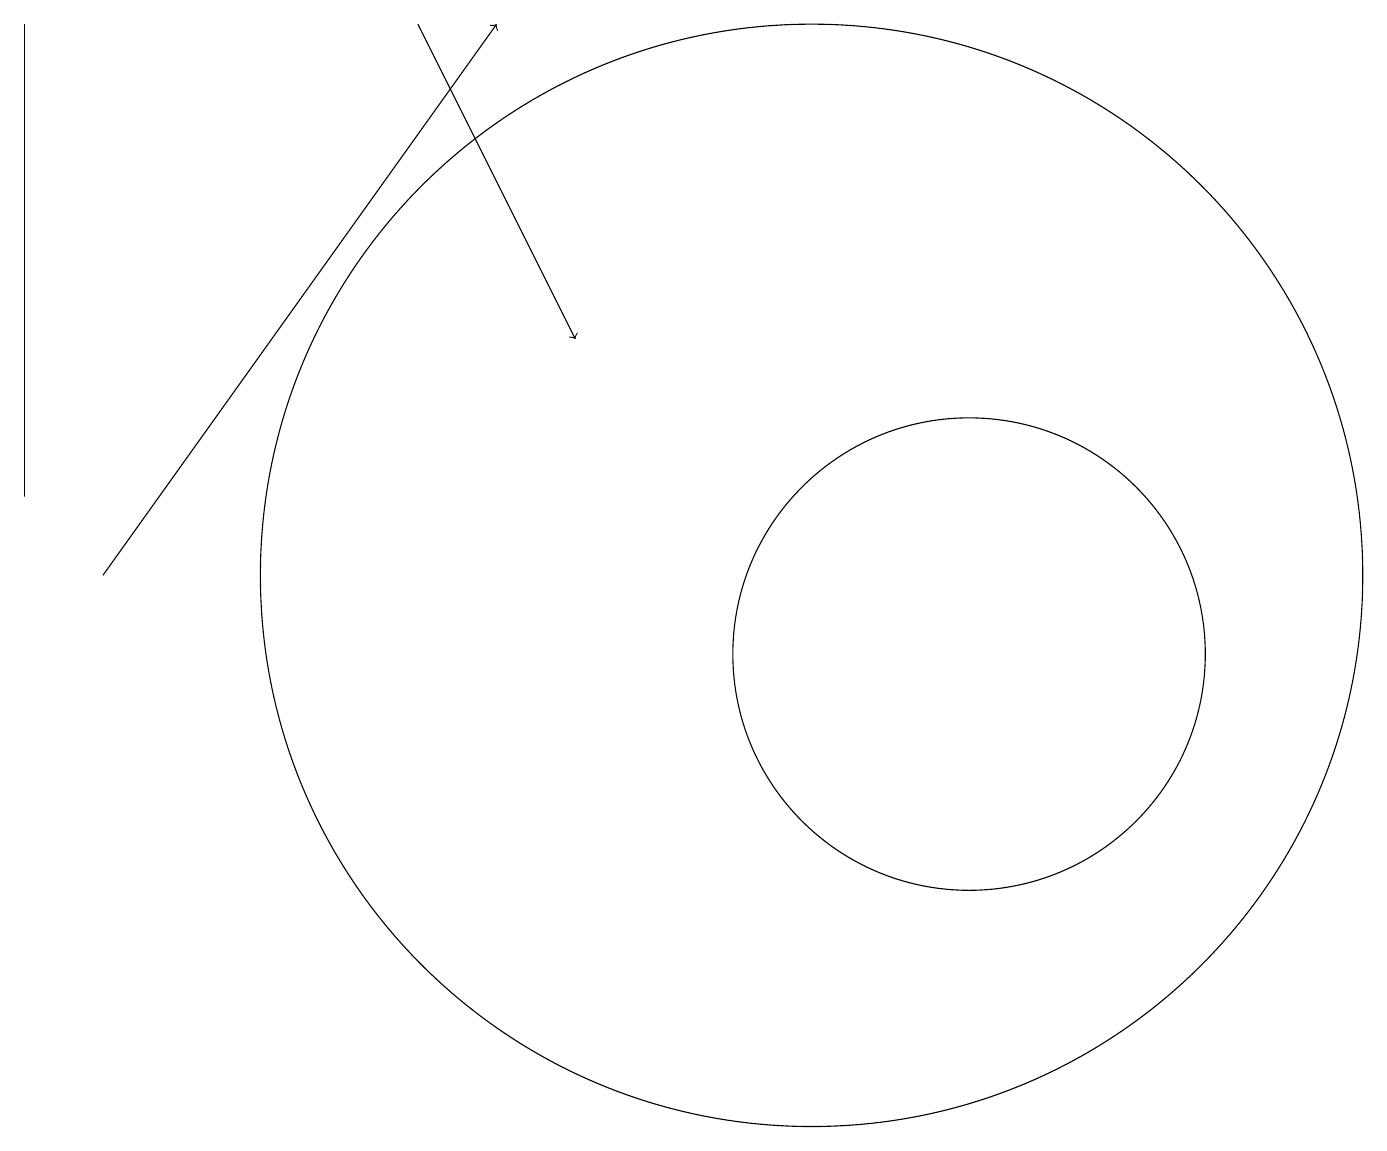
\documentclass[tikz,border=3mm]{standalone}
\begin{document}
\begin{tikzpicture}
\draw (12,11) circle (3);
\draw[->] (5,19) -- (7,15);
\draw (10,12) circle (7);
\draw[->] (1,12) -- (6,19);
\draw (0,19) rectangle (0,13);
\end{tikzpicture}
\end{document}